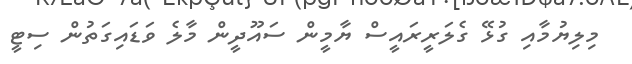
މިލިޔުމާއި ގުޅޭ ގެލަރީރައީސް ޔާމީން ސައޫދީން މާލެ ވަޑައިގަތުން ސިޓީ